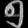
Digit: ၅